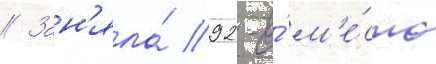
// Зан'яла́ 92-е́ м'е́сто